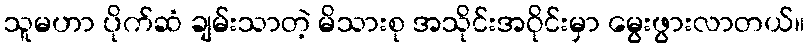
သူမဟာ ပိုက်ဆံ ချမ်းသာတဲ့ မိသားစု အသိုင်းအဝိုင်းမှာ မွေးဖွားလာတယ်။